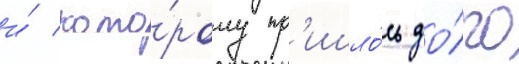
и́ кото́рому пр'ишло́сь до́лго